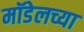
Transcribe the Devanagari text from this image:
मॉडेलच्या